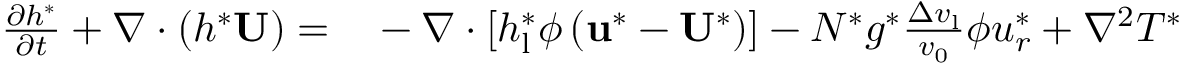
\begin{array} { r l } { \frac { \partial h ^ { * } } { \partial t } + \nabla \cdot \left( h ^ { * } \mathbf { U } \right) = } & { { } - \nabla \cdot \left[ h _ { \mathrm { l } } ^ { * } \phi \left( \mathbf { u ^ { * } } - \mathbf { U ^ { * } } \right) \right] - N ^ { * } g ^ { * } \frac { \Delta v _ { \mathrm { l } } } { v _ { \mathrm { 0 } } } \phi { u _ { r } ^ { * } } + \nabla ^ { 2 } T ^ { * } } \end{array}